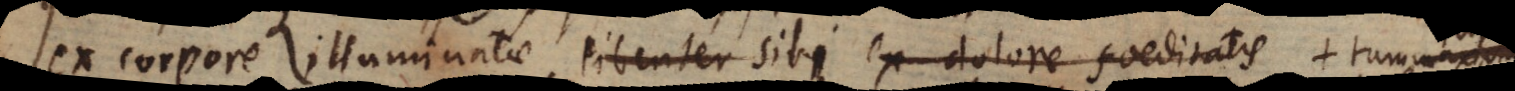
ex corpore illuminatae, libenter sibi ex dolore foeditatis praeteritae